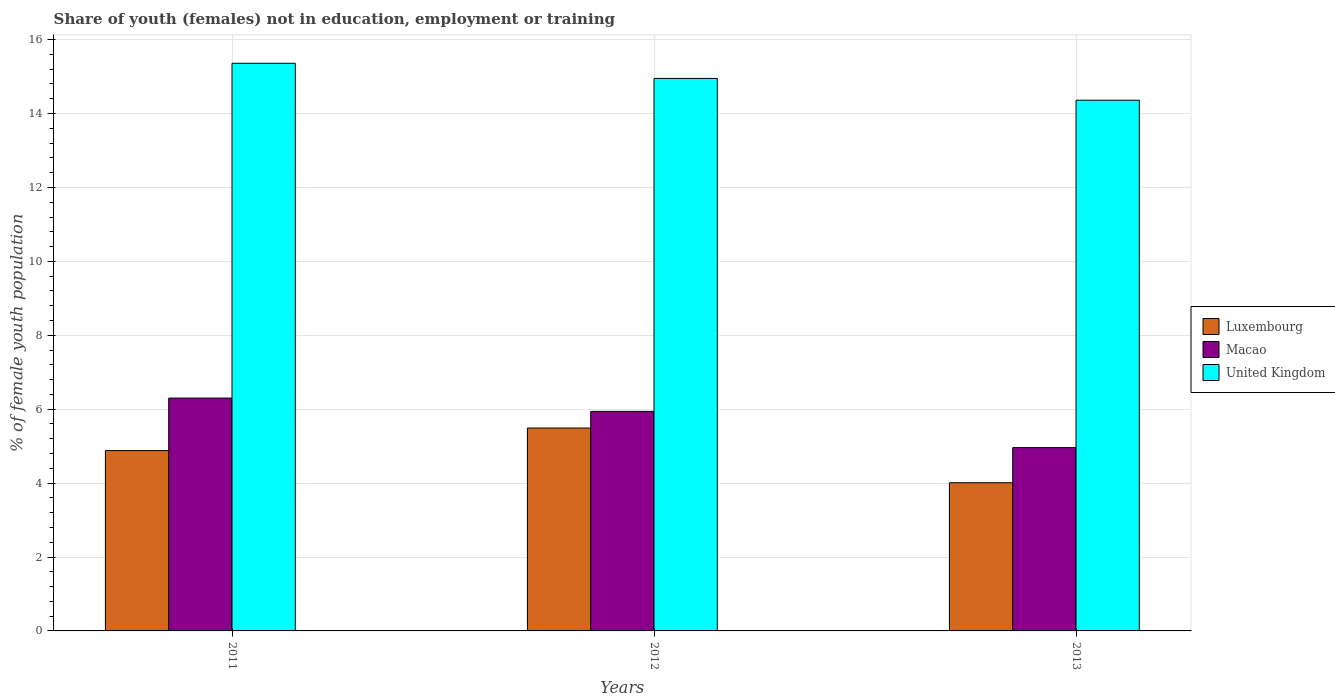
| Years | Luxembourg | Macao | United Kingdom |
 | --- | --- | --- | --- |
 | 2011 | 4.88 | 6.3 | 15.4 |
 | 2012 | 5.49 | 5.94 | 14.9 |
 | 2013 | 4.01 | 4.96 | 14.4 |